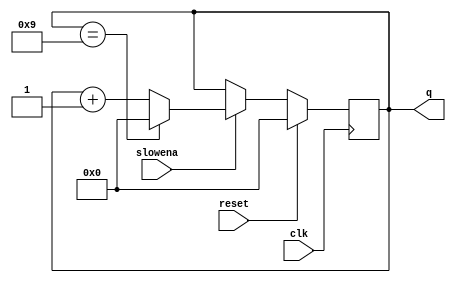
module top_module (
  input clk,
  input slowena,
  input reset,
  output reg [3:0] q
);
    
  always @(posedge clk) begin   
    q <= q;		// Prevent Latches
      
    if (reset)
      q <= 0;
    else if (slowena)
      q <= ((q == 4'b1001) ? 0 : (q + 1));
      
  end

endmodule